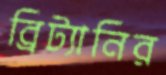
ব্রিট্যানির